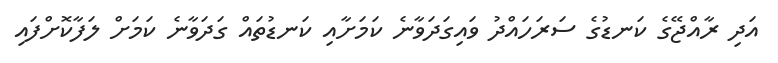
އަދި ރާއްޖޭގެ ކަނޑުގެ ސަރަހައްދު ވައިގަދަވާނެ ކަމަށާއި ކަނޑުތައް ގަދަވާނެ ކަމަށް ލަފާކޮށްފައި